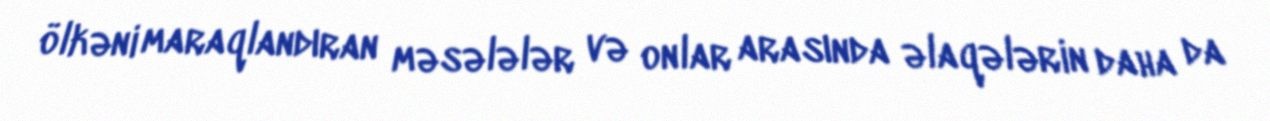
ölkəni maraqlandıran məsələlər və onlar arasında əlaqələrin daha da